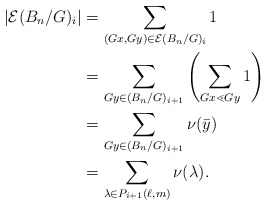
\begin{align*} |\mathcal E(B_n/G)_i| &= \sum_{(Gx,Gy) \in \mathcal E(B_n/G)_i} 1 \\ &= \sum_{Gy \in (B_n/G)_{i+1}} \left(\sum_{Gx \lessdot Gy}^{} 1 \right) \\ &= \sum_{Gy \in (B_n/G)_{i+1}}\nu(\bar y) \\ &= \sum_{\lambda \in P_{i+1}(\ell,m)} \nu(\lambda).\end{align*}